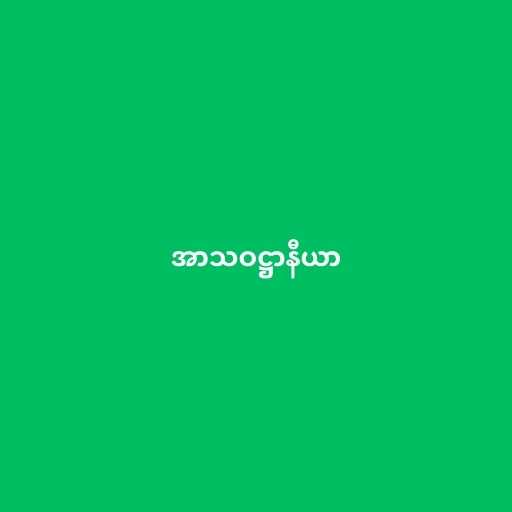
အာသဝဋ္ဌာနီယာ